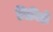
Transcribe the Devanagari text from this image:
निविष्टी